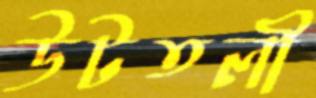
উটতলী